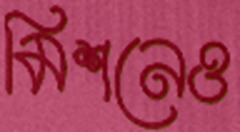
মিশনেও